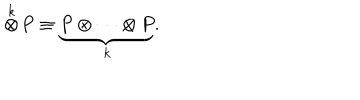
\stackrel { k } { \otimes } \! P \equiv \underbrace { P \otimes \cdots \otimes P } _ { k } .